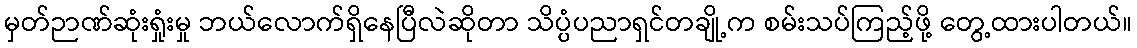
မှတ်ဉာဏ်ဆုံးရှုံးမှု ဘယ်လောက်ရှိနေပြီလဲဆိုတာ သိပ္ပံပညာရှင်တချို့က စမ်းသပ်ကြည့်ဖို့ တွေ့ထားပါတယ်။